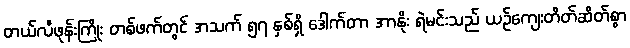
တယ်လီဖုန်းကြိုး တစ်ဖက်တွင် အသက် ၅၇ နှစ်ရှိ ဒေါက်တာ အာနိုး ရဲမင်းသည် ယဉ်ကျေးတိတ်ဆိတ်စွာ